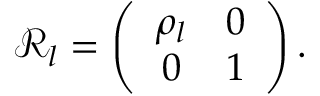
\mathcal { R } _ { l } = \left( \begin{array} { c c } { \rho _ { l } } & { 0 } \\ { 0 } & { 1 } \end{array} \right) .